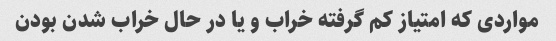
مواردی که امتیاز کم گرفته خراب و یا در حال خراب شدن بودن